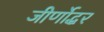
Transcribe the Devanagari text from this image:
जीर्णोद्धर